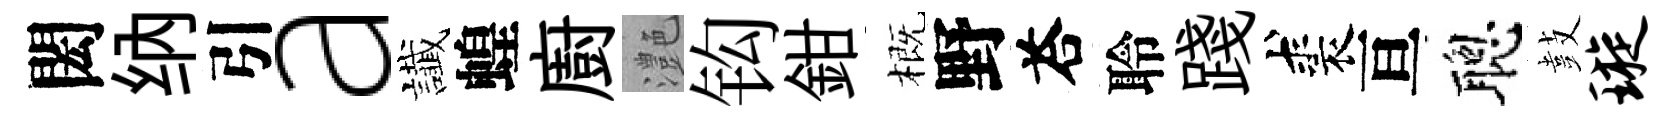
閎纳引a䜟蝗廚灔钩鉗概野荅聆踐裘亘聰鼓璇